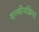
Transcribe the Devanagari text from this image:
शल्कीयक्रिया